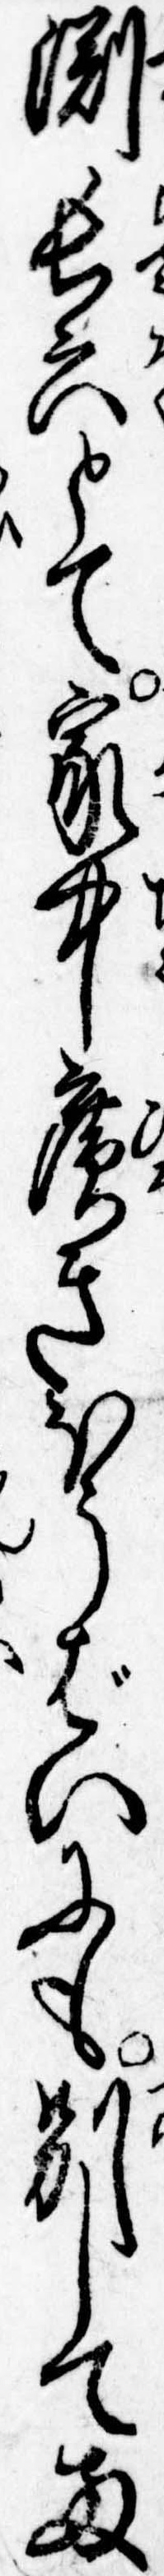
淵長六とて家中広きほうばいにも別して両